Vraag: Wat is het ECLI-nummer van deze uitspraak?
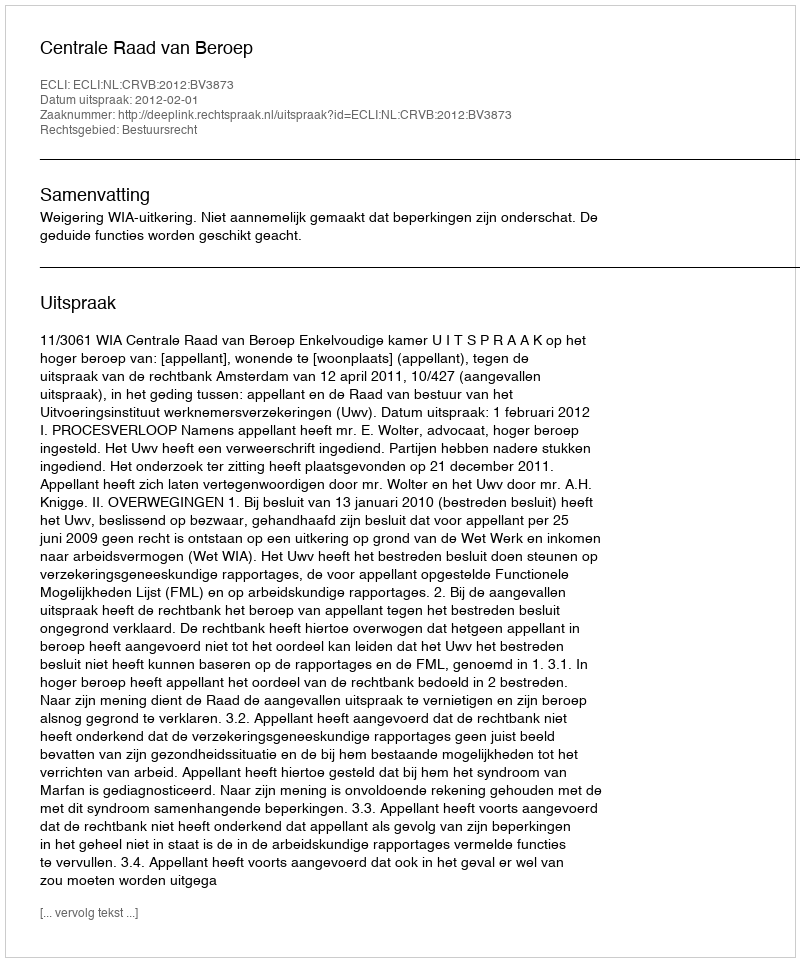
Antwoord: ECLI:NL:CRVB:2012:BV3873